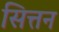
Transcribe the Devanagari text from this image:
सित्तन